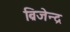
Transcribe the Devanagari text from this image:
ब्रिजेन्द्र